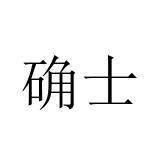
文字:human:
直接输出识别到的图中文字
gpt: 确士